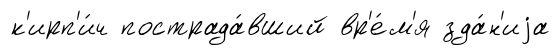
к'ирп'и́ч пострада́вший вр'е́м'я зда́н'иjа